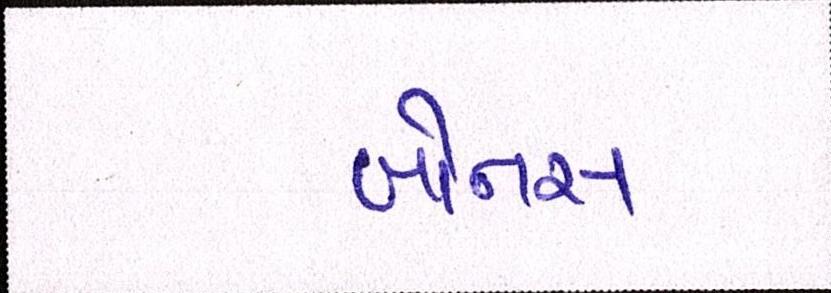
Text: બોનસ